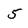
Character: 5